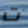
ت